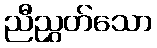
ညီညွှတ်သော